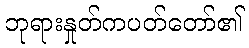
ဘုရားနှုတ်ကပတ်တော်၏